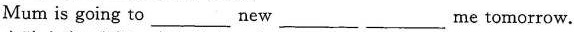
Mum is going to ___ new ___ ___ me tomorrow.